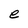
Character: e